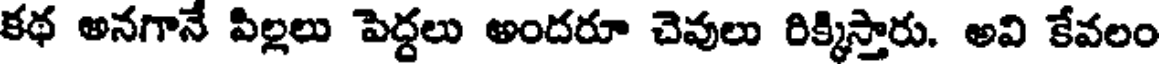
కథ అనగానే పిల్లలు పెద్దలు అందరూ చెవులు రిక్కిస్తారు. అవి కేవలం